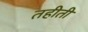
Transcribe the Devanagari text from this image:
तहीती